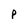
Character: P